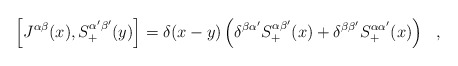
\begin{align*}\left[J^{\alpha\beta}(x),S_+^{\alpha'\beta'}(y)\right]=\delta(x-y)\left(\delta^{\beta\alpha'}S_+^{\alpha\beta'}(x) + \delta^{\beta\beta'}S_+^{\alpha\alpha'}(x)\right)~~,\end{align*}